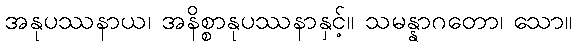
အနုပဿနာယ၊ အနိစ္စာနုပဿနာနှင့်။ သမန္နာဂတော၊ သော။